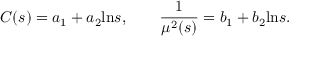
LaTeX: C ( s ) = a _ { 1 } + a _ { 2 } \mathrm { l n } s , \qquad { \frac { 1 } { \mu ^ { 2 } ( s ) } } = b _ { 1 } + b _ { 2 } \mathrm { l n } s .